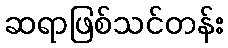
ဆရာဖြစ်သင်တန်း